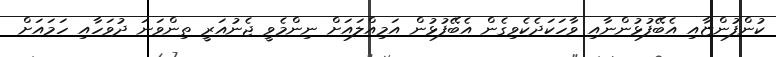
ކުންފުންޏާއި އެބޭފުޅުންނާއި ވާހަކަދެކެވިގެން އެބޭފުޅުން އަމިއްލައަށް ނިންމެވީ ޖެނުއަރީ ތިންވަނަ ދުވަހާއި ހަމައަށް